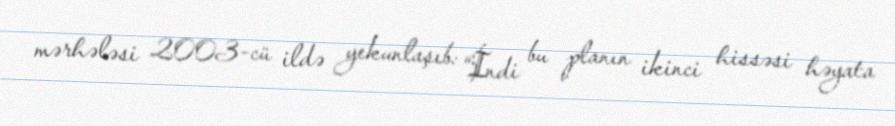
mərhələsi 2003-cü ildə yekunlaşıb: “İndi bu planın ikinci hissəsi həyata